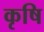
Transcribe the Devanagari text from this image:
कृषि